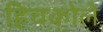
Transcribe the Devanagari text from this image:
हिचकोले